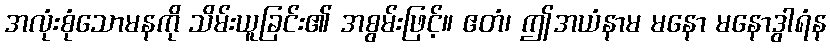
အလုံးစုံသောမနကို သိမ်းယူခြင်း၏ အစွမ်းဖြင့်။ ဧတံ၊ ဤအယံနာမ မနော မနောဒွါရံန